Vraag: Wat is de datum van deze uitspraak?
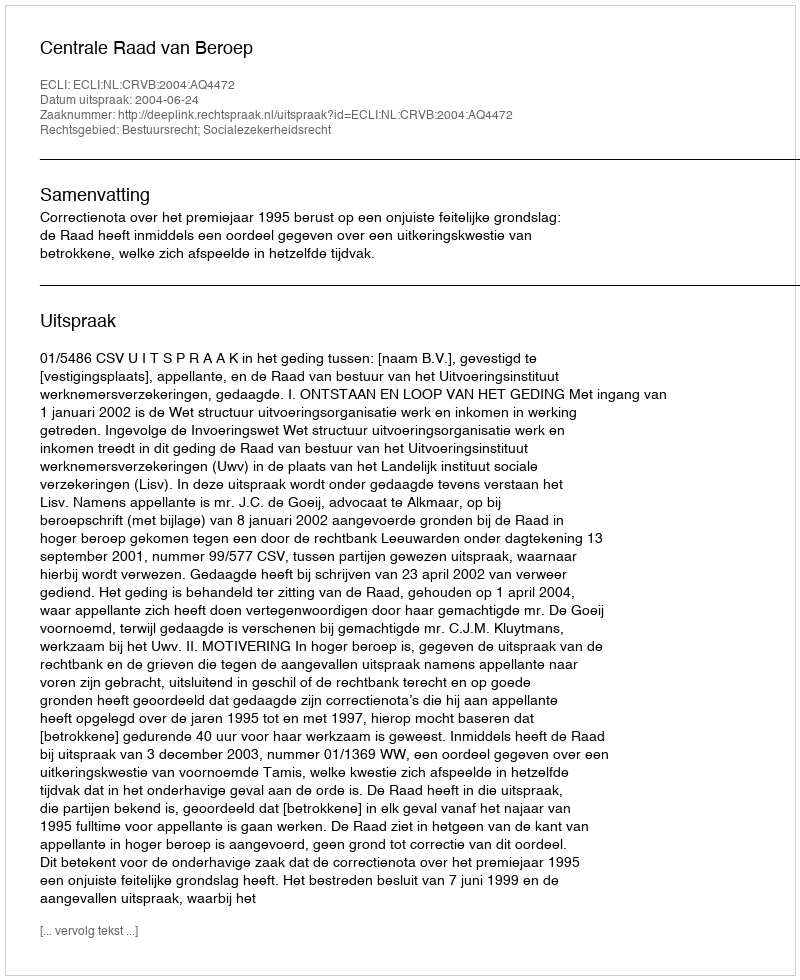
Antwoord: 2004-06-24